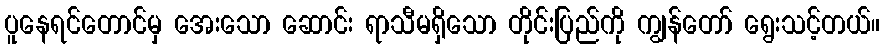
ပူနေရင်တောင်မှ အေးသော ဆောင်း ရာသီမရှိသော တိုင်းပြည်ကို ကျွန်တော် ရွေးသင့်တယ်။